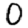
Digit: 0